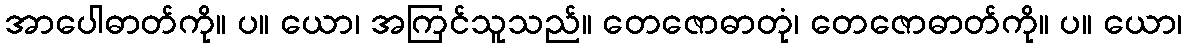
အာပေါဓာတ်ကို။ ပ။ ယော၊ အကြင်သူသည်။ တေဇောဓာတုံ၊ တေဇောဓာတ်ကို။ ပ။ ယော၊